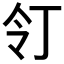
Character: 𠄖